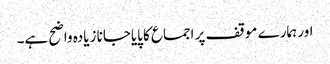
اور ہمارے موقف پر اجماع کا پایاجانا زیادہ واضح ہے۔